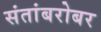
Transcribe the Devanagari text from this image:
संतांबरोबर